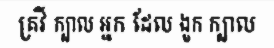
គ្រវី ក្បាល អ្នក ដែល ងួក ក្បាល